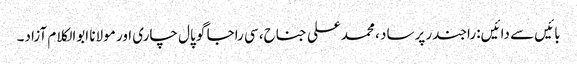
بائیں سے دائیں: راجندر پرساد ، محمدعلی جناح، سی راجا گو پال چاری اور مولانا ابوالکلام آزاد۔